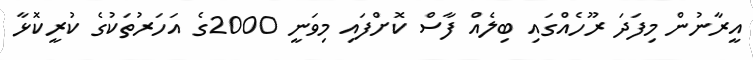
އީރާނުން މިފަދަ ރޫހެއްގައި ބިލެއް ފާސް ކޮށްފައި މިވަނީ 2000ގެ އަހަރުތަކުގެ ކުރީކޮޅާ